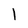
Character: 1